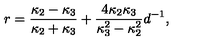
r = { \frac { \kappa _ { 2 } - \kappa _ { 3 } } { \kappa _ { 2 } + \kappa _ { 3 } } } + { \frac { 4 \kappa _ { 2 } \kappa _ { 3 } } { \kappa _ { 3 } ^ { 2 } - \kappa _ { 2 } ^ { 2 } } } d ^ { - 1 } ,